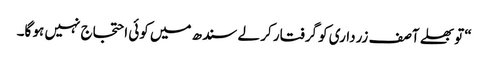
“ تو بھلے آصف زرداری کو گرفتار کر لے سندھ میں کوئی احتجاج نہیں ہو گا۔